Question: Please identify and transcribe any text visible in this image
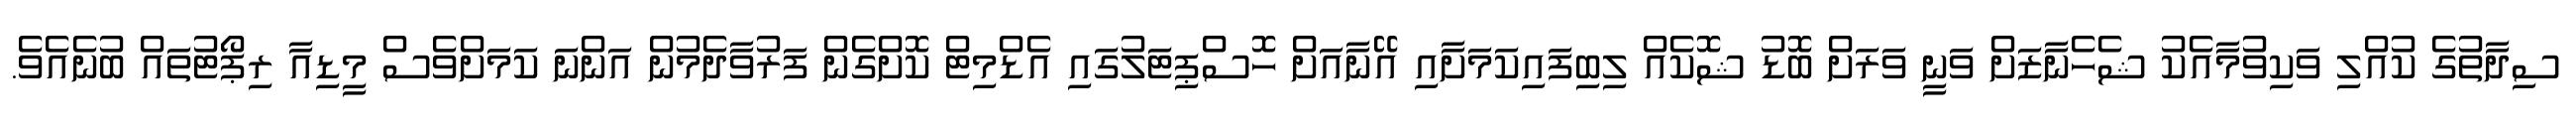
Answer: ސިދާތުގެ ކުއްލި ވަކިވުމާއެކު ޝެހެނާޒަށް ވަނީ ވަރަށް ބޮޑު ޝޮކެއް ލިބިފައިކަމަށާއި އޭނާއަށް ހޮސްޕިޓަލުގައި އެޑްމިޓް ކޮށްގެން ފަރުވާދެމުން އަންނަ ކަމަށްވެސް މީޑިއާ ރިޕޯޓުތައް ބުނެއެވެ.